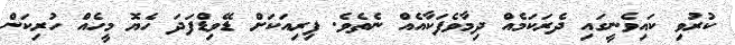
ކުރުވި ކައިވެނީގައި ދެރަކަމެއް ދިމާވެފަކާއެއް ނެތެވެ. ފިރިއަކަށް ޑޭވިޑްފަދަ ހެޔޮ މީހެއް ހުރިކަން